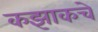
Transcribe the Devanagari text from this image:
कझाकचे